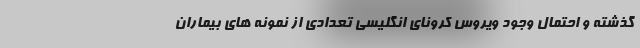
گذشته و احتمال وجود ویروس کرونای انگلیسی تعدادی از نمونه های بیماران